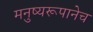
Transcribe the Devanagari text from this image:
मनुष्यरूपानेच